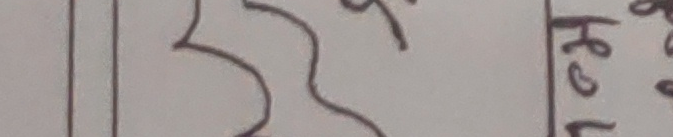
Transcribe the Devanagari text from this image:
हेलो